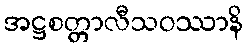
အဋ္ဌစတ္တာလီသဝဿာနိ